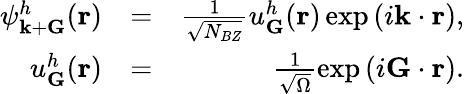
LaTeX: \begin{array}{rlr}{\psi_{{\mathbf k}+{\mathbf G}}^{h}({\mathbf r})}&{=}&{\frac{1}{\sqrt{N_{BZ}}}u_{{\mathbf G}}^{h}({\mathbf r})\exp\left(i{\mathbf k}\cdot{\mathbf r}\right),}\\ {u_{\mathbf G}^{h}({\mathbf r})}&{=}&{\frac{1}{\sqrt{\Omega}}\exp\left(i{\mathbf G}\cdot{\mathbf r}\right).}\end{array}